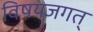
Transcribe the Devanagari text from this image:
विषयजगत्